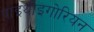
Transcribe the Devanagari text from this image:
पाइथोइगोरियन